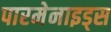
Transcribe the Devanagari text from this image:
पारमेनाइड्स